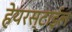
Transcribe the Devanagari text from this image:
हेयरस्टाईल